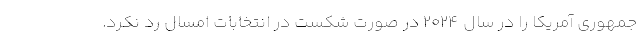
جمهوری آمریکا را در سال 2024 در صورت شکست در انتخابات امسال رد نکرد.